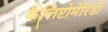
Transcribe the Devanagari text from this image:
कैलिप्टोमेरिडी